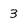
Character: 3